Annual report on the working of the Harcourt Butler Institute of Public Health, Rangoon
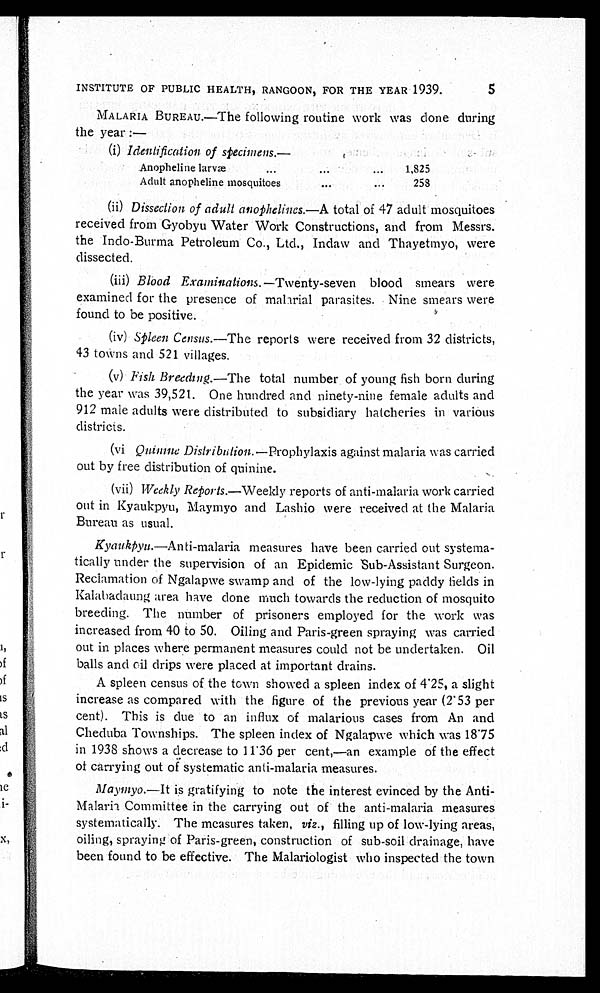
INSTITUTE OF PUBLIC HEALTH, RANGOON, FOR THE YEAR 1939.
5
MALARIA BUREAU.—The following routine work was done during
the year :—
(i) Identification of specimens.—
Anopheline larvæ
... ...
...
1,825
Adult anopheline mosquitoes
...
...
258
(ii) Dissection of adult anophelines .—A total of 47 adult mosquitoes
received from Gyobyu Water Work Constructions, and from Messrs.
the Indo-Burma Petroleum Co., Ltd., Indaw and Thayetmyo, were
dissected.
(iii)
Blood Examinations .—Twenty-seven blood smears were
examined for the presence of malarial parasites. Nine smears were
found to be positive.
(iv) Spleen Census .—The reports were received from 32 districts,
43 towns and 521 villages.
(v) Fish Breeding .—The total number of young fish born during
the year was 39,521. One hundred and ninety-nine female adults and
912 male adults were distributed to subsidiary hatcheries in various
districts.
(vi Quimne Distribution .—Prophylaxis against malaria was carried
out by free distribution of quinine.
(vii) Weekly Reports .—Weekly reports of anti-malaria work carried
out in Kyaukpyu, Maymyo and Lashio were received at the Malaria
Bureau as usual.
Kyaukpyu. —Anti-malaria measures have been carried out systema-
tically under the supervision of an Epidemic Sub-Assistant Surgeon.
Reclamation of Ngalapwe swamp and of the low-lying paddy fields in
Kalabadaung area have done much towards the reduction of mosquito
breeding. The number of prisoners employed for the work was
increased from 40 to 50. Oiling and Paris-green spraying was carried
out in places where permanent measures could not be undertaken. Oil
balls and oil drips were placed at important drains.
A spleen census of the town showed a spleen index of 4.25, a slight
increase as compared with the figure of the previous year (2.53 per
cent). This is due to an influx of malarious cases from An and
Cheduba Townships. The spleen index of Ngalapwe which was 18.75
in 1938 shows a decrease to 11.36 per cent,—an example of the effect
of carrying out of systematic anti-malaria measures.
Maymyo .—It is gratifying to note the interest evinced by the Anti-
Malaria Committee in the carrying out of the anti-malaria measures
systematically. The measures taken, viz., filling up of low-lying areas,
oiling, spraying of Paris-green, construction of sub-soil drainage, have
been found to be effective. The Malariologist who inspected the town